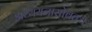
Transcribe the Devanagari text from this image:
अध्ययनासोबतच